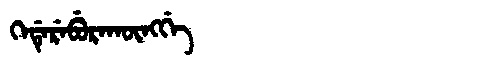
Manchu: ᡴᡝᡩᡝᡵᡝᠪᡠᡵᠠᡴᡡᠩᡤᡝ
Romanization: KEDEREBURAKŪNGGE